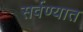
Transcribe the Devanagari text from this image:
सर्वण्यात